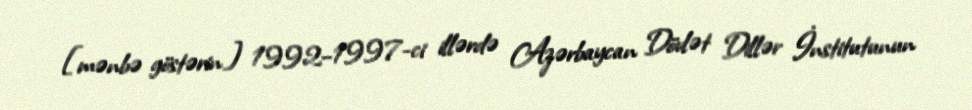
[mənbə göstərin] 1992–1997-ci illərdə Azərbaycan Dövlət Dillər İnstitutunun